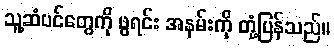
သူ့ဆံပင်တွေကို ဖွရင်း အနမ်းကို တုံ့ပြန်သည်။